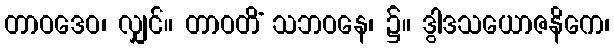
တာဝဒေဝ၊ လျှင်။ တာဝတိံ သဘဝနေ၊ ၌။ ဒွါဒသယောဇနိကေ၊